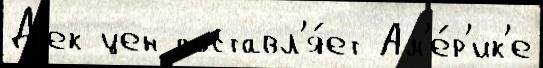
Д'ек цен составл'я́ет Ам'е́р'ик'е